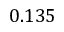
0 . 1 3 5